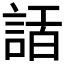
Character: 𧨿